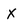
Character: X